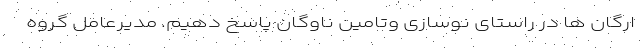
ارگان ها در راستای نوسازی وتامین ناوگان پاسخ دهیم. مدیرعامل گروه